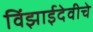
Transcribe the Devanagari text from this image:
विंझाईदेवीचे